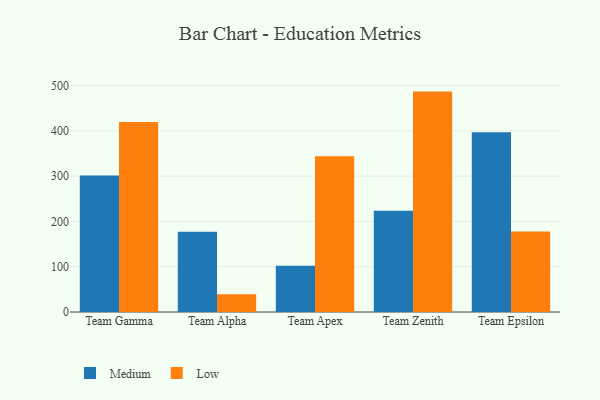
{"axis": {"x": "Team", "y": "Shipments"}, "legend": ["Low", "Medium"], "data": [{"x": "Team Gamma", "y": 301.4, "type": "Medium"}, {"x": "Team Gamma", "y": 419.2, "type": "Low"}, {"x": "Team Alpha", "y": 177.1, "type": "Medium"}, {"x": "Team Alpha", "y": 39.4, "type": "Low"}, {"x": "Team Apex", "y": 102.1, "type": "Medium"}, {"x": "Team Apex", "y": 343.8, "type": "Low"}, {"x": "Team Zenith", "y": 223.3, "type": "Medium"}, {"x": "Team Zenith", "y": 486.5, "type": "Low"}, {"x": "Team Epsilon", "y": 396.8, "type": "Medium"}, {"x": "Team Epsilon", "y": 177.6, "type": "Low"}]}